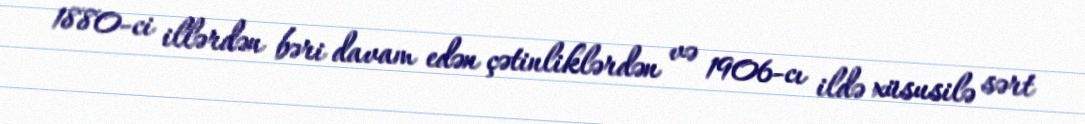
1880-ci illərdən bəri davam edən çətinliklərdən və 1906-cı ildə xüsusilə sərt